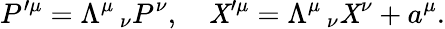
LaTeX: P^{\prime\mu}=\Lambda^{\mu}\, _{\nu}P^{\nu},\quad\mathit{X}^{\prime\mu}=\Lambda^{\mu}\, _{\nu}\mathit{X}^{\nu}+a^{\mu}.